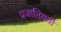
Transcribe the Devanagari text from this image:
प्रजातिययों